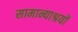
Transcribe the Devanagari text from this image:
सामान्याश्रयों